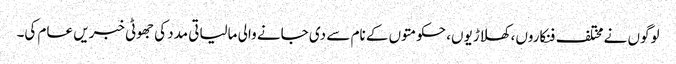
لوگوں نے مختلف فنکاروں، کھلاڑیوں، حکومتوں کے نام سے دی جانے والی مالیاتی مدد کی جھوٹی خبریں عام کی۔